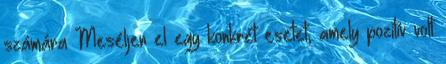
számára Meséljen el egy konkrét esetet, amely pozitív volt